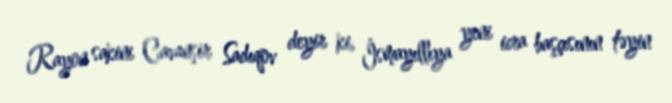
Rayon sakini Cavanşir Sadıqov deyir ki, İsmayıllıya yeni icra başçısının təyin